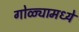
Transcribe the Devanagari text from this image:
गोळ्यामध्ये